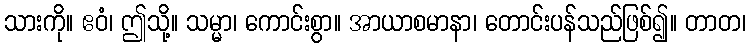
သားကို။ ဧဝံ၊ ဤသို့။ သမ္မာ၊ ကောင်းစွာ။ အာယာစမာနာ၊ တောင်းပန်သည်ဖြစ်၍။ တာတ၊